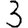
Digit: 3